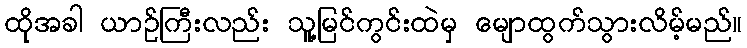
ထိုအခါ ယာဉ်ကြီးလည်း သူ့မြင်ကွင်းထဲမှ မျောထွက်သွားလိမ့်မည်။